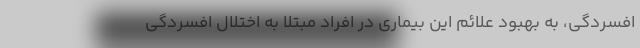
افسردگی، به بهبود علائم این بیماری در افراد مبتلا به اختلال افسردگی